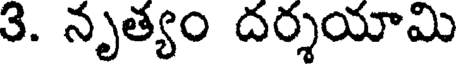
3. నృత్యం దర్శయామి